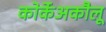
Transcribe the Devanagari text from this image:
कोर्केअकौलू